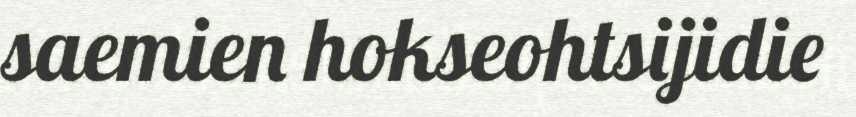
saemien hokseohtsijidie